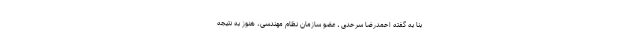
بنا به گفته احمدرضا سرحدی ـ عضو سازمان نظام مهندسی، هنوز به نتیجه